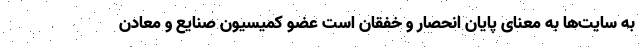
به سایت‌ها به معنای پایان انحصار و خفقان است عضو کمیسیون صنایع و معادن